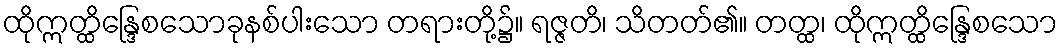
ထိုဣတ္ထိန္ဒြေစသောခုနစ်ပါးသော တရားတို့၌။ ရဇ္ဇတိ၊ သိတတ်၏။ တတ္ထ၊ ထိုဣတ္ထိန္ဒြေစသော